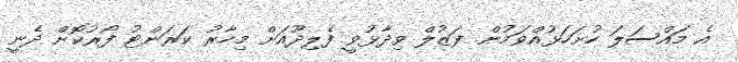
އެ މައްސަލަ ހުށަހަޅުއްވަމުން ފަޒުލް ވިދާޅުވީ ފެލިދޫއަށް މިހާރު ކަރަންޓު ފޯރުކޮށް ދެނީ